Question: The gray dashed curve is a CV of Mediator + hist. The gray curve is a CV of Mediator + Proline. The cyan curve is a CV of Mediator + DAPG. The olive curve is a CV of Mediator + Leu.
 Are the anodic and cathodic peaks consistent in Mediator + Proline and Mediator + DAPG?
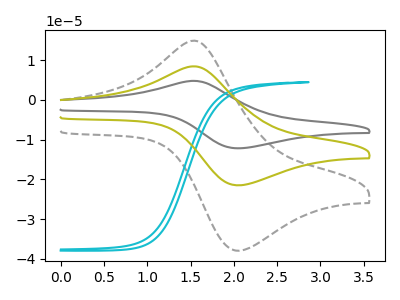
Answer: <think>The gray dashed curve "Mediator + hist" has an anodic peak at (1.55V, 14.90uA) and a cathodic peak at (2.05V, -37.95uA). The gray curve "Mediator + Proline" has an anodic peak at (1.55V, 16.90uA) and a cathodic peak at (2.05V, -43.05uA). The cyan curve "Mediator + DAPG" has no peaks. The olive curve "Mediator + Leu" has an anodic peak at (1.55V, 8.45uA) and a cathodic peak at (2.05V, -21.50uA).</think>
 <answer>No, "Mediator + Proline" and "Mediator + DAPG" have a different number of peaks.</answer>
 <eval>different_amount</eval>